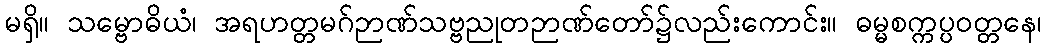
မရှိ။ သမ္ဗောဓိယံ၊ အရဟတ္တမဂ်ဉာဏ်သဗ္ဗညုတဉာဏ်တော်၌လည်းကောင်း။ ဓမ္မစက္ကပ္ပဝတ္တနေ၊